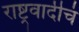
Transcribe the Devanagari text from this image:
राष्ट्रवादीचं